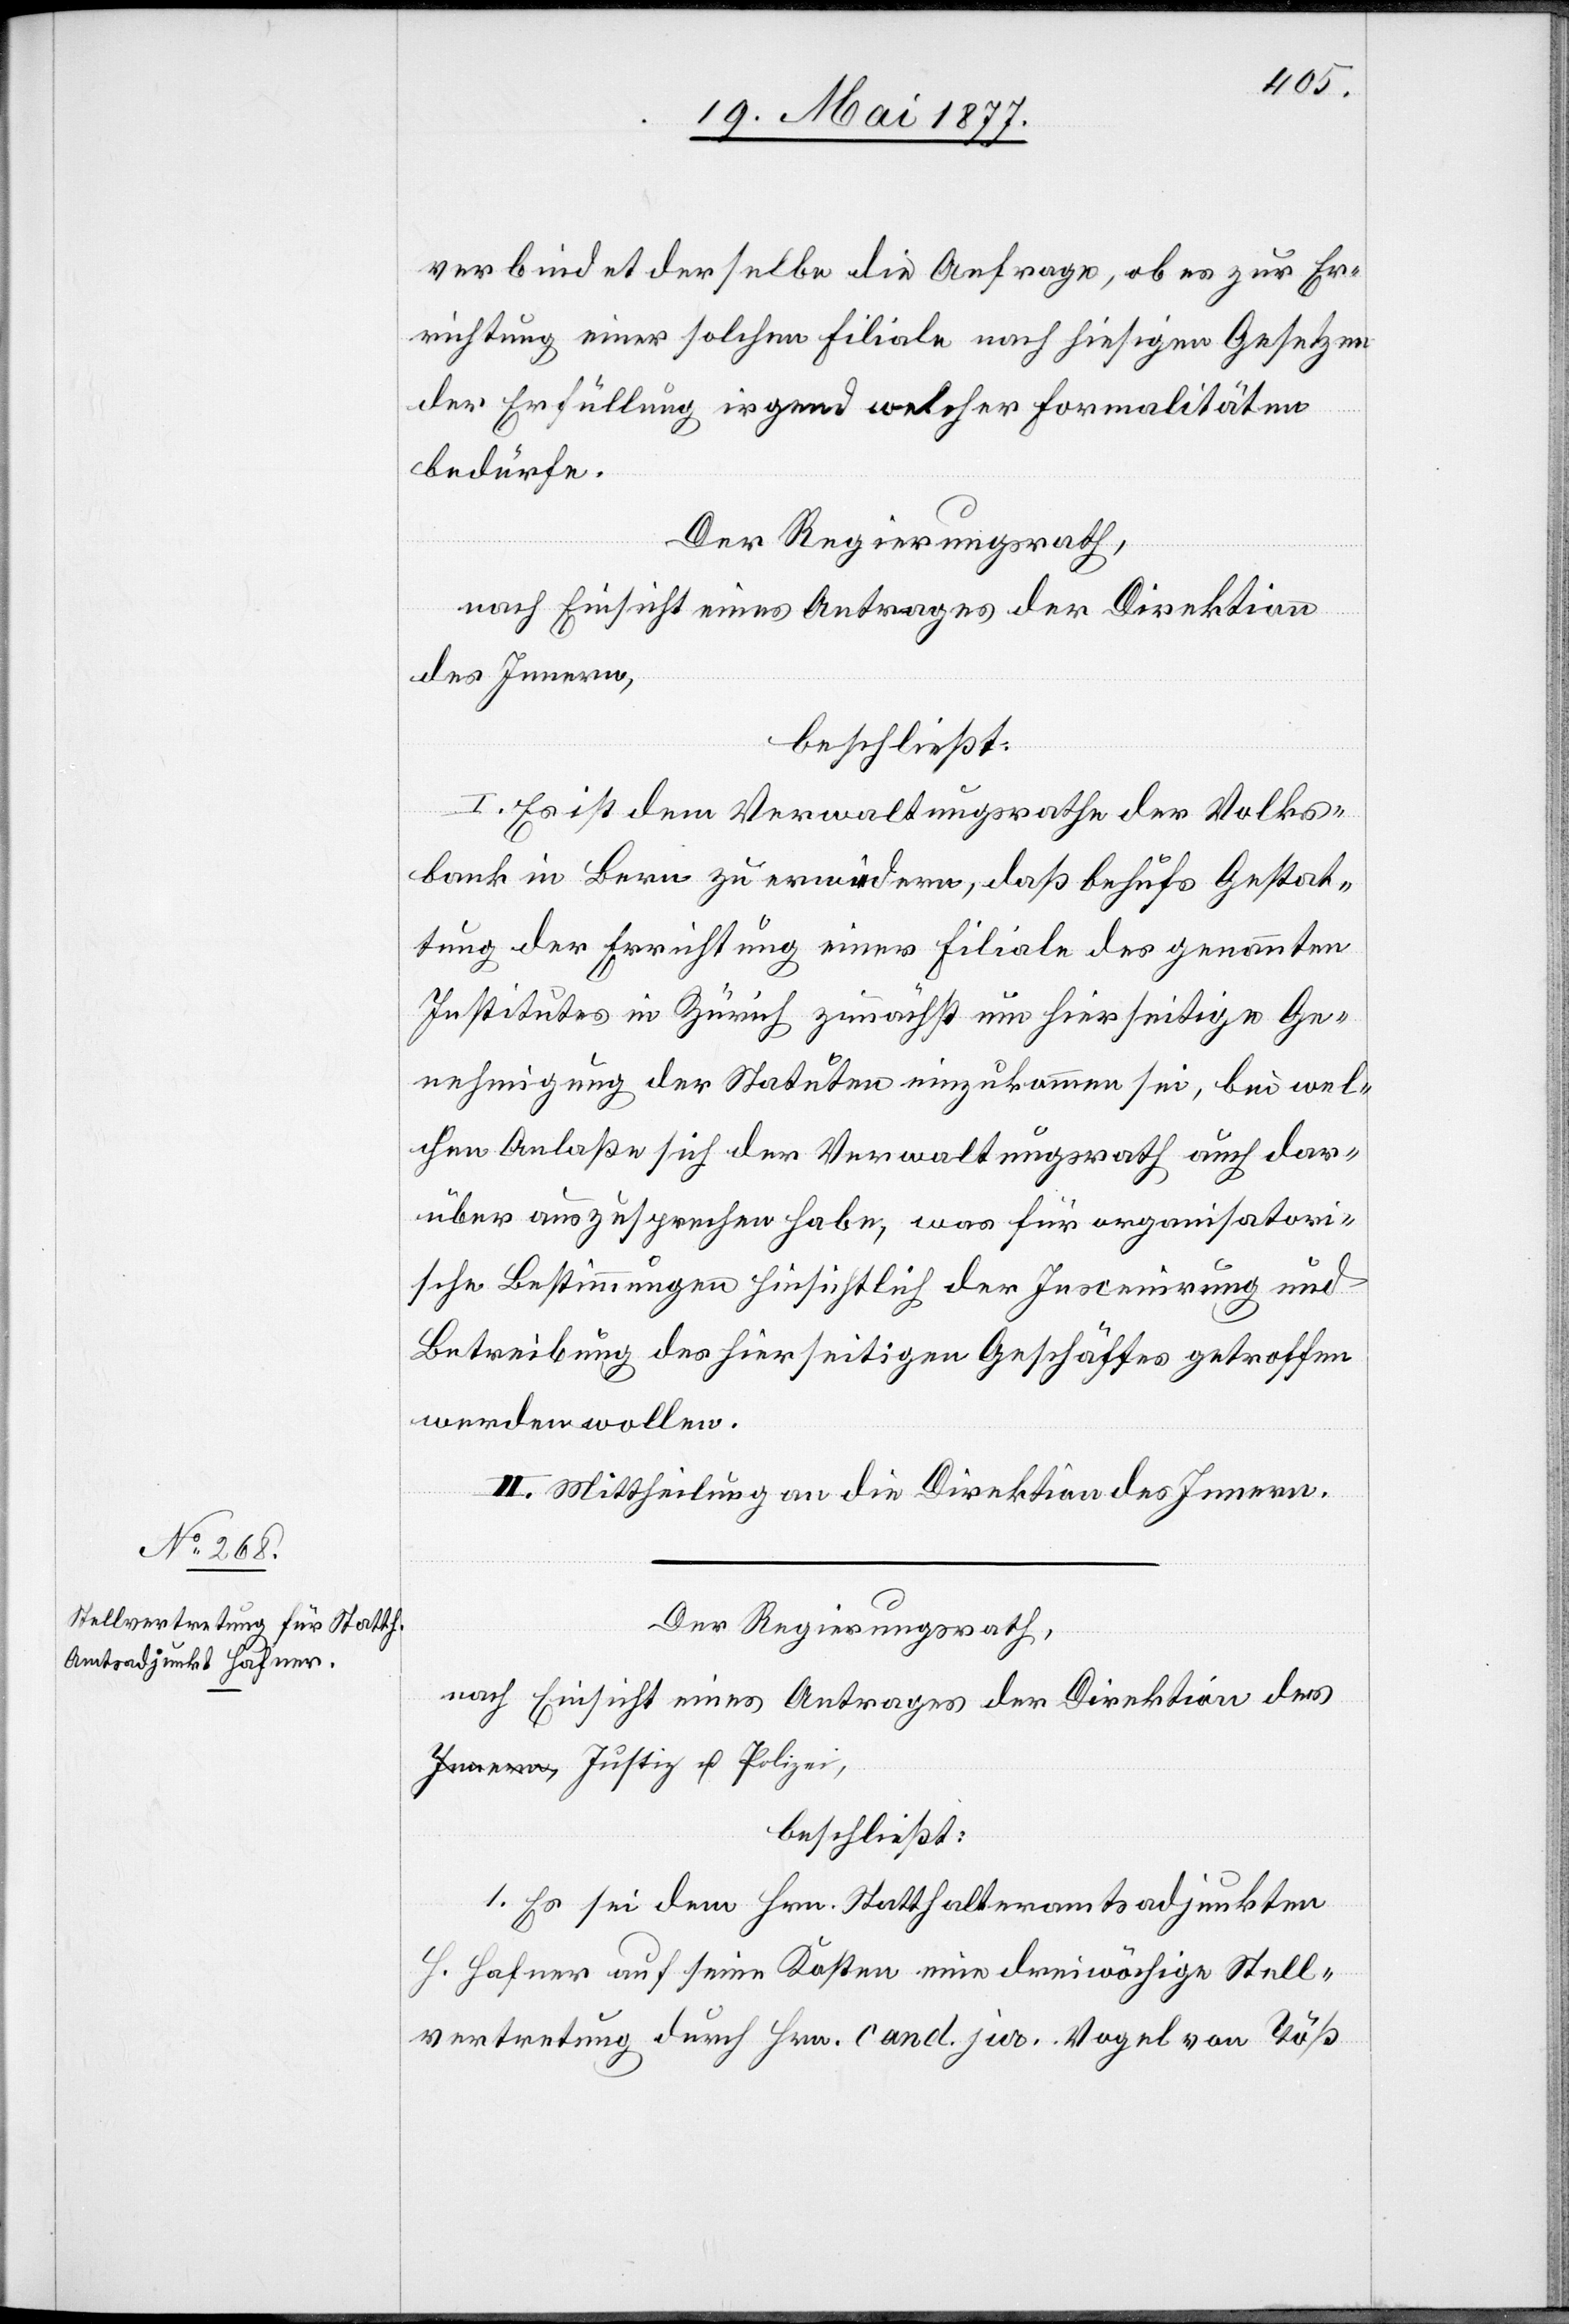
verbindet derselbe die Anfrage, ob es zur Er¬
richtung einer solchen Filiale nach hiesigen Gesetzen
der Erfüllung irgend welcher Formalitäten
bedürfe.
Der Regierungsrath,
nach Einsicht eines Antrages der Direktion
des Innern,
beschließt:
I. Es ist dem Verwaltungsrathe der Volks¬
bank in Bern zu erwiedern, daß behufs Gestat¬
tung der Errichtung einer Filiale des genannten
Institutes in Zürich zunächst um hierseitige Ge¬
nehmigung der Statuten einzukommen sei, bei wel¬
chem Anlaße sich der Verwaltungsrath auch dar¬
über auszusprechen habe, was für organisatori¬
sche Bestimmungen hinsichtlich der Inscenirung und
Betreibung des hierseitigen Geschäftes getroffen
werden wollen.
II. Mittheilung an die Direktion des Innern.
Der Regierungsrath,
der Justiz & Polizei,
beschließt:
1. Es sei dem Hrn. Statthalteramtsadjunkten
H. Hafner auf seine Kosten eine dreiwöchige Stell¬
vertretung durch Hrn. cand. jur. Vogel von Töß